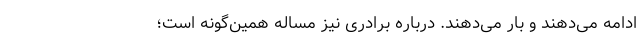
ادامه می‌دهند و بار می‌دهند. درباره برادری نیز مساله همین‌گونه است؛